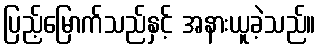
ပြည့်မြောက်သည်နှင့် အနားယူခဲ့သည်။